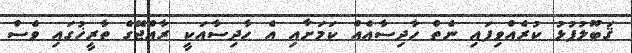
ޤަބޫލުފުޅު ކުރެއްވިފައި ނެތް ހާދިސާއެއް ކަމަށާއި އެ ހާދިސާއަކީ ރާއްޖޭގެ ތާރީޚުގައި ވެސް